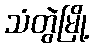
သံတွဲမြို့